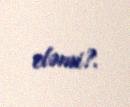
eləmi?.